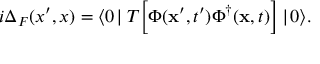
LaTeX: i \Delta _ { F } ( x ^ { \prime } , x ) = \langle 0 \! \mid T \Big [ \Phi ( { \bf x } ^ { \prime } , t ^ { \prime } ) \Phi ^ { \dagger } ( { \bf x } , t ) \Big ] \mid \! 0 \rangle .